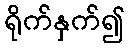
ရိုက်နှက်၍